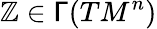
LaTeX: \mathbb{Z}\in\mathsf{{\Gamma}}(TM^{n})